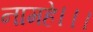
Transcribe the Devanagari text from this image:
नामहे।।।